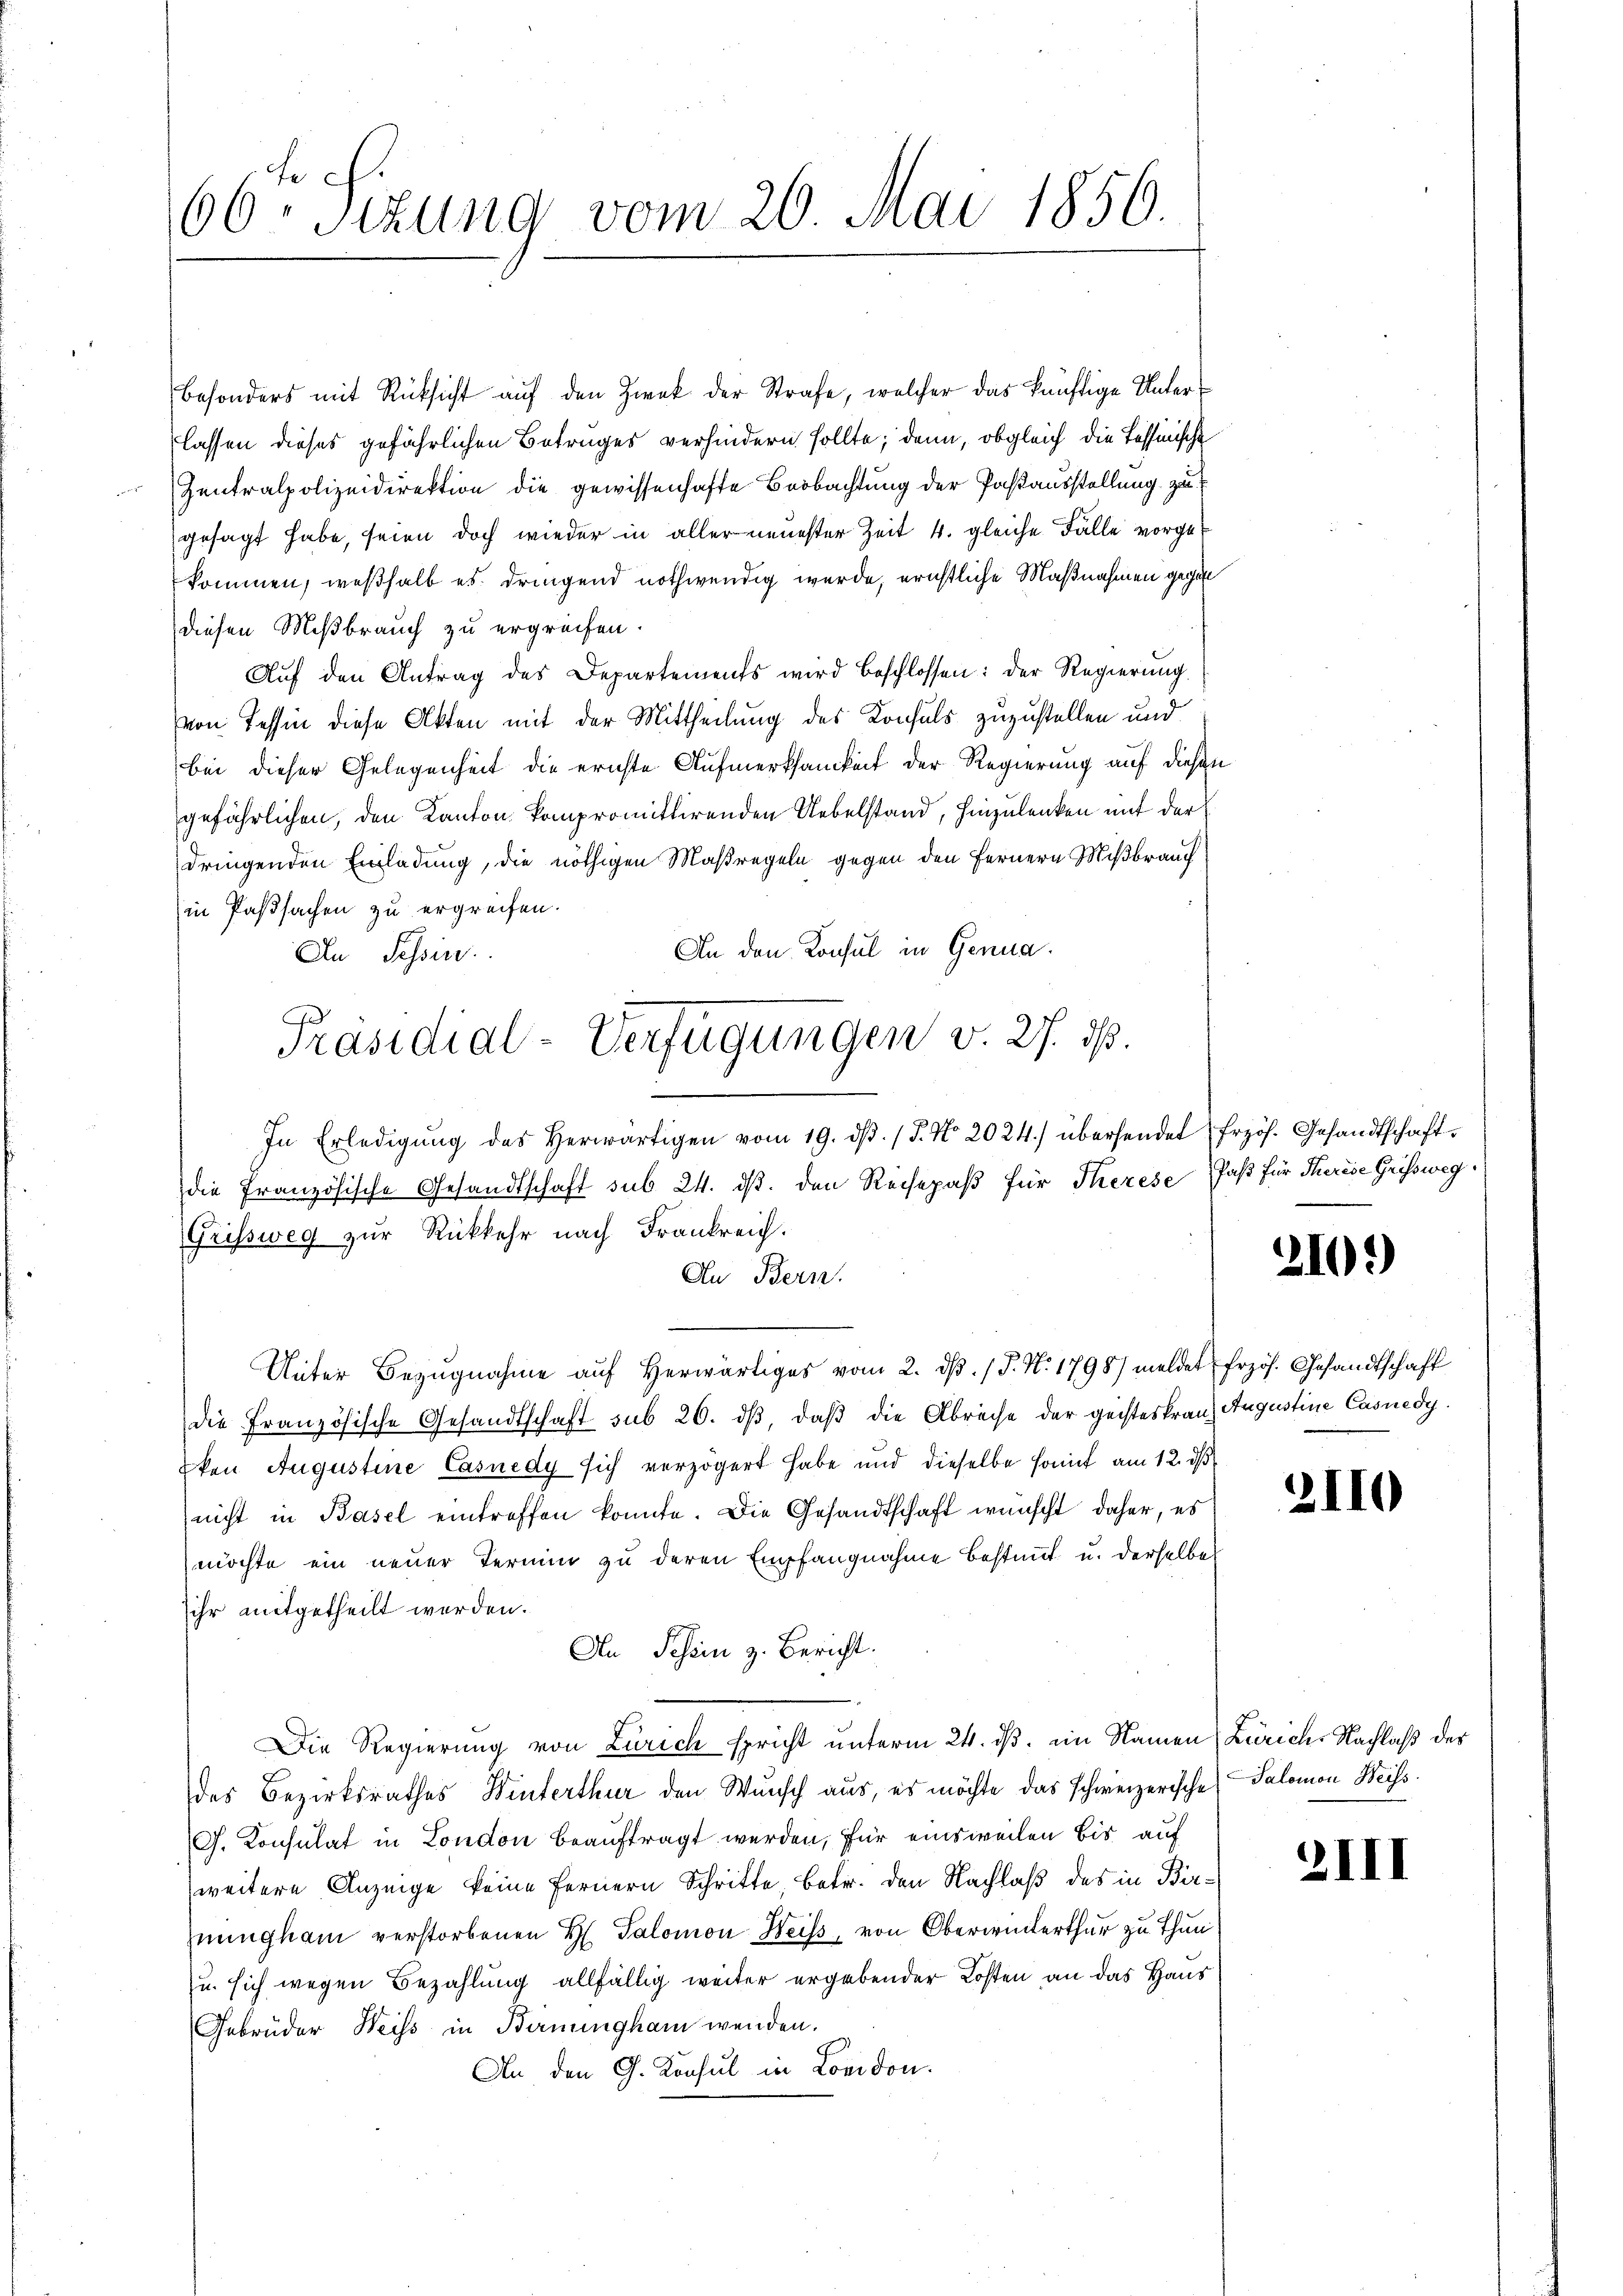
66ten Sizung vom 26. Mai 1856.

besonders mit Rücksicht auf den Zwek der Strafe, welcher das künftige Unterlassen dieses gefährlichen Betruges verhindern sollte; dann, obgleich die Tessinische
Zentralpolizeidirektion die gewissenhafte Beobachtung der Pastausstellung zu
gesagt habe, seien doch wieder in aller neuester Zeit 4. gleiche Fälle vorgekommen, weßhalb es dringend nothwendig wurde, ernstliche Maßnahmen gegen
diesen Mißbrauch zu ergreifen.
Aŭf den Antrag des Departements wird beschlossen: der Regierung.
von Tessin diese Akten mit der Mittheilung des Konsuls zuzustellen und
bei dieser Gelegenheit die erichte Aufmerksamkeit der Regierung auf diesen
gefährlichen, den Kanton kompromittirenden Uebelstand, hinzulenken mit der
dringenden Einladung, die nöthigen Maßregeln gegen den Fernern Mißbrauch
in Passachen zu ergreifen.
An den Konsul in Genua
An Tessin.
In Erledigŭng des herwärtigen vom 19. dβ. / 5. No. 2024.) übersendet frzös. Gesandtschaftdie französische Gesandtschaft sub 24. ds. den Reisepaß für Therese Faß für Therige Geissweg.
Grissweg zur Rückkehr nach Frankreich.
An Bern.
Unter Bezugnahme auf herwärtiges vom 2. d. J. N. 1798/ meldet frzös. Gesandtschaft
die Französische Gesandtschaft sub 26. dβ, daß die Abreise der geisteskranz Augustine Casnedy
Eken Augustine Casnedy sich verzögert habe und dieselbe hat am 12. ds
nicht in Basel eintreffen konnte. Die Gesandtschaft wünscht daher, es
möchte ein neuer Termin zu deren Empfangnahme bestimmt u. derselbe
ihr mitgetheilt werden.
An Schem z. Bericht.
Die Regierung von Zürich spricht unterm 24. ds. im Namen Zürich. Nachlaß der
des Bezirksrathes Winterthur den Wunsch aus, es möchte das schweizerische Salomon Weiss.
G. Konsulat in London beauftragt werden, für einsweilen bis auf
weitere Anzeige keine Fernern Schritte, betr. den Nachlaß des in Bir¬
Zuungham verstorbenen H. Salomon Weiss, von Oberwinterthur zu Thun
u. sich wegen Bezahlung allfällig weiter ergebender Kosten an das Haus
Gebrüder Weiss in Berningham wenden.
An den G. Konsul in London.

Präsidial-Verfügungen v. 27. ds.

2101)

2110

21)